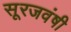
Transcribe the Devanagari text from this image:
सूरजवंषी